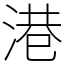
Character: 港